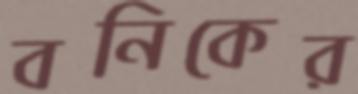
বনিকের